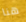
هنا